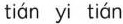
tián yi tián